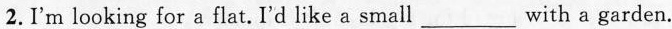
2. I'm looking for a flat. I'd like a small ___ with a garden.